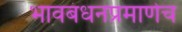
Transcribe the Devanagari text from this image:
भावबंधनप्रमाणेच